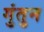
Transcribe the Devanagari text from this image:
गुंतुन